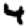
Digit: 4